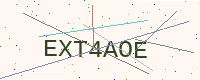
Text: EXT4AOE